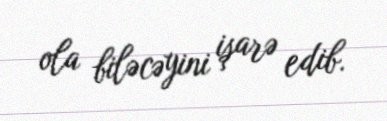
ola biləcəyini işarə edib.